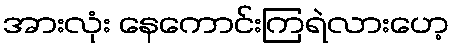
အားလုံး နေကောင်းကြရဲလားဟေ့